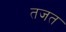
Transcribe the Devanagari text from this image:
तजत